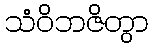
သံဝိဘဇိတွာ